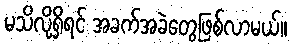
မသိလို့ရှိရင် အခက်အခဲတွေဖြစ်လာမယ်။